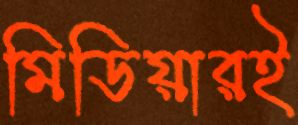
মিডিয়ারই